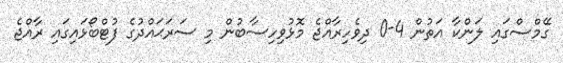
ގޭމްސްގައި ލަންކާ އަތުން 4-0 ދިވެހިރާއްޖެ މޮޅުވިހިސާބުން މި ސަރަޙައްދުގެ ފުޓްބޯޅައިގައި ރާއްޖެ